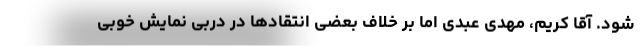
شود. آقا کریم، مهدی عبدی اما بر خلاف بعضی انتقادها در دربی نمایش خوبی